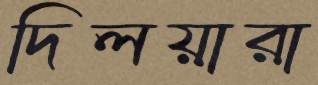
দিলয়ারা